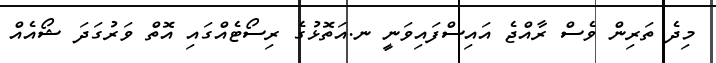
މިދެ ތަރިން ވެސް ރާއްޖެ އައިސްފައިވަނީ ނ.އަތޮޅުގެ ރިސޯޓެއްގައި އޮތް ވަރުގަދަ ޝޯއެއް